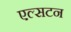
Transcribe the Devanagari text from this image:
एल्सटन